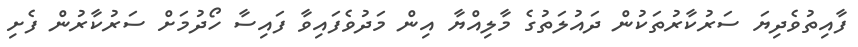
ފާއިތުވެދިޔަ ސަރުކާރުތަކުން ދައުލަތުގެ މާލިއްޔާ އިން މަދުވެފައިވާ ފައިސާ ހޯދުމަށް ސަރުކާރުން ފެށި